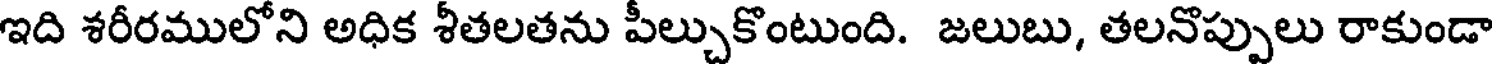
ఇది శరీరములోని అధిక శీతలతను పీల్చుకొంటుంది. జలుబు, తలనొప్పులు రాకుండా